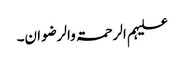
علیہم الرحمۃ والرضوان۔